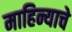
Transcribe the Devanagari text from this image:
माहिन्याचे